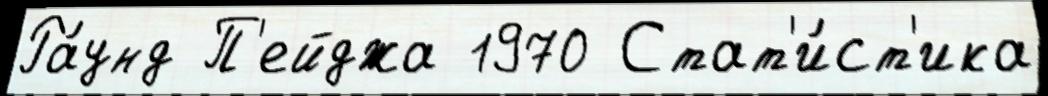
Ра́унд П'ейджа 1970 Стат'и́ст'ика